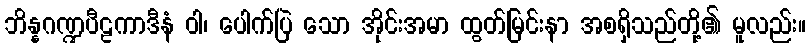
ဘိန္နဂဏ္ဍပီဠကာဒီနံ ဝါ၊ ပေါက်ပြဲ သော အိုင်းအမာ ထွတ်မြင်းနာ အစရှိသည်တို့၏ မူလည်း။